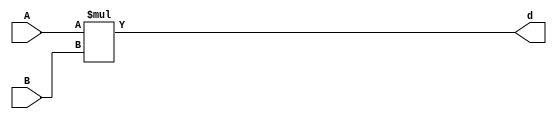
`timescale 1ns / 1ps

`define a1_cut 0
`define b1_cut 0
`define a2_cut 8
`define b2_cut 8

// *** FDN: multiplier
module multiply(A, B, d);
   parameter BitWidth = 31;
   input [BitWidth : 0] A;
   input [BitWidth : 0] B;
   output [2*(BitWidth+1) - 1 : 0] d;
   assign d = $signed(A) * $signed(B);
endmodule

// *** F:DN wrapper
module multiply__wrapper (A_in, B_in, state, rstP, clk, reset, P);
   
   parameter BitWidth = 31;
   input [BitWidth : 0] A_in;
   input [BitWidth : 0] B_in;
   input [2:0] state;      
   input rstP; 
   input clk;
   output [31:0] P; 
   input reset;
   
   wire [2*(BitWidth+1) - 1 : 0] d_out;
   wire [2*(BitWidth+1) - 1 : 0] d_out_temp;
   wire [BitWidth : 0] A_in_to_multiply;
   wire [BitWidth : 0] B_in_to_multiply;
   wire [BitWidth : 0] A_in_to_multiply__truncated;
   wire [BitWidth : 0] B_in_to_multiply__truncated;
   reg [31: 0] P_tmp;
   reg [31: 0] P_reg;
   assign P = P_reg;
   
   assign A_in_to_multiply =  (state == 3'b010) ? (A_in << `a2_cut): A_in;
   assign B_in_to_multiply =  (state == 3'b010) ? (B_in << `b2_cut) : B_in;
   
   assign A_in_to_multiply__truncated = {A_in_to_multiply[BitWidth:`a2_cut],{(`a2_cut){1'b0}}};
   assign B_in_to_multiply__truncated = {B_in_to_multiply[BitWidth:`b2_cut],{(`b2_cut){1'b0}}};
   
   multiply mul(A_in_to_multiply__truncated, B_in_to_multiply__truncated, d_out_temp);
   assign d_out = (state == 3'b010) ? (d_out_temp[(`a2_cut + `b2_cut)+31:(`a2_cut + `b2_cut)]) : d_out_temp;


   always@(posedge clk or posedge reset)
   begin
       if (rstP == 1'b1) begin
           P_reg <= 32'b0;
       end
       else if (state ==  3'b010)begin
           P_tmp[31:0] = {{3{d_out[31]}}, d_out[31:3]};
           P_reg <= P_tmp;
       end
       else begin
	       P_reg[31:0] <= {{3{d_out[47]}}, d_out[47:19]};
       end
   end
endmodule


module idct(clk, start, reset, din, done, dout, state_out, reading);
   

//   integer ftw;
//   ftw = $fopen("behzads__dubuging_output.txt", "w");
   
   parameter BitWidth = 31;
   parameter BitWidth1 = 32;
	
   input clk, start;
   input reset;  
   output done;
   output reading;
   output [2:0] state_out;  
   
   input [BitWidth:0] din;
   output [BitWidth:0] dout;
   
   wire clk, start;
   wire reset;  
   reg done;
   reg reading;
   wire[2:0] state_out;  
   
   wire [BitWidth:0] din;
   reg [BitWidth:0] dout;
   
   reg [8:0] count0, count1, count2, count3;
   
   reg [BitWidth:0] B;
   reg [BitWidth:0] A;
   //reg [BitWidth:0] P, P_tmp, Sum; 
   //reg [BitWidth:0] P, P_tmp, Sum; 
   wire [BitWidth:0] P;
   reg [BitWidth:0] Sum; 
 


   wire [BitWidth:0] Sum_tmp;
   
   wire [BitWidth:0] COSBlock[0:7][0:7];
   reg [BitWidth:0] InBlock[0:7][0:7];  
   reg [BitWidth:0] TempBlock[0:7][0:7];
   reg [BitWidth:0] OutBlock[0:7][0:7];
   
   reg [2:0] state;      
   wire[2:0] i0, j0, k0, k2, i3, j3, k3;
   integer fpa;
   
   assign i0 = count0[8:6];
   assign j0 = count0[5:3];
   assign k0 = count0[2:0];    
   assign k2 = count2[2:0];    
   assign i3 = count3[8:6];
   assign j3 = count3[5:3];
   assign k3 = count3[2:0];    
   
   assign state_out = state;  
         
   assign Sum_tmp = P + Sum;
         
   assign COSBlock[0][0][15:0] = 16'd23170;   assign COSBlock[0][0][BitWidth:16] = {(BitWidth1-16){COSBlock[0][0][15]}};
   assign COSBlock[0][1][15:0] = 16'd32138;   assign COSBlock[0][1][BitWidth:16] = {(BitWidth1-16){COSBlock[0][1][15]}};
   assign COSBlock[0][2][15:0] = 16'd30274;   assign COSBlock[0][2][BitWidth:16] = {(BitWidth1-16){COSBlock[0][2][15]}};
   assign COSBlock[0][3][15:0] = 16'd27246;   assign COSBlock[0][3][BitWidth:16] = {(BitWidth1-16){COSBlock[0][3][15]}};
   assign COSBlock[0][4][15:0] = 16'd23170;   assign COSBlock[0][4][BitWidth:16] = {(BitWidth1-16){COSBlock[0][4][15]}};
   assign COSBlock[0][5][15:0] = 16'd18205;   assign COSBlock[0][5][BitWidth:16] = {(BitWidth1-16){COSBlock[0][5][15]}};
   assign COSBlock[0][6][15:0] = 16'd12540;   assign COSBlock[0][6][BitWidth:16] = {(BitWidth1-16){COSBlock[0][6][15]}};
   assign COSBlock[0][7][15:0] = 16'd6393;   assign COSBlock[0][7][BitWidth:16] = {(BitWidth1-16){COSBlock[0][7][15]}};

   assign COSBlock[1][0][15:0] = 16'd23170;   assign COSBlock[1][0][BitWidth:16] = {(BitWidth1-16){COSBlock[1][0][15]}};
   assign COSBlock[1][1][15:0] = 16'd27246;   assign COSBlock[1][1][BitWidth:16] = {(BitWidth1-16){COSBlock[1][1][15]}};
   assign COSBlock[1][2][15:0] = 16'd12540;   assign COSBlock[1][2][BitWidth:16] = {(BitWidth1-16){COSBlock[1][2][15]}};
   assign COSBlock[1][3][15:0] = 16'd59143;   assign COSBlock[1][3][BitWidth:16] = {(BitWidth1-16){COSBlock[1][3][15]}};
   assign COSBlock[1][4][15:0] = 16'd42366;   assign COSBlock[1][4][BitWidth:16] = {(BitWidth1-16){COSBlock[1][4][15]}};
   assign COSBlock[1][5][15:0] = 16'd33398;   assign COSBlock[1][5][BitWidth:16] = {(BitWidth1-16){COSBlock[1][5][15]}};
   assign COSBlock[1][6][15:0] = 16'd35262;   assign COSBlock[1][6][BitWidth:16] = {(BitWidth1-16){COSBlock[1][6][15]}};
   assign COSBlock[1][7][15:0] = 16'd47331;   assign COSBlock[1][7][BitWidth:16] = {(BitWidth1-16){COSBlock[1][7][15]}};

   assign COSBlock[2][0][15:0] = 16'd23170;   assign COSBlock[2][0][BitWidth:16] = {(BitWidth1-16){COSBlock[2][0][15]}};
   assign COSBlock[2][1][15:0] = 16'd18205;   assign COSBlock[2][1][BitWidth:16] = {(BitWidth1-16){COSBlock[2][1][15]}};
   assign COSBlock[2][2][15:0] = 16'd52996;   assign COSBlock[2][2][BitWidth:16] = {(BitWidth1-16){COSBlock[2][2][15]}};
   assign COSBlock[2][3][15:0] = 16'd33398;   assign COSBlock[2][3][BitWidth:16] = {(BitWidth1-16){COSBlock[2][3][15]}};
   assign COSBlock[2][4][15:0] = 16'd42366;   assign COSBlock[2][4][BitWidth:16] = {(BitWidth1-16){COSBlock[2][4][15]}};
   assign COSBlock[2][5][15:0] = 16'd6393;   assign COSBlock[2][5][BitWidth:16] = {(BitWidth1-16){COSBlock[2][5][15]}};
   assign COSBlock[2][6][15:0] = 16'd30274;   assign COSBlock[2][6][BitWidth:16] = {(BitWidth1-16){COSBlock[2][6][15]}};
   assign COSBlock[2][7][15:0] = 16'd27246;   assign COSBlock[2][7][BitWidth:16] = {(BitWidth1-16){COSBlock[2][7][15]}};

   assign COSBlock[3][0][15:0] = 16'd23170;   assign COSBlock[3][0][BitWidth:16] = {(BitWidth1-16){COSBlock[3][0][15]}};
   assign COSBlock[3][1][15:0] = 16'd6393;   assign COSBlock[3][1][BitWidth:16] = {(BitWidth1-16){COSBlock[3][1][15]}};
   assign COSBlock[3][2][15:0] = 16'd35262;   assign COSBlock[3][2][BitWidth:16] = {(BitWidth1-16){COSBlock[3][2][15]}};
   assign COSBlock[3][3][15:0] = 16'd47331;   assign COSBlock[3][3][BitWidth:16] = {(BitWidth1-16){COSBlock[3][3][15]}};
   assign COSBlock[3][4][15:0] = 16'd23170;   assign COSBlock[3][4][BitWidth:16] = {(BitWidth1-16){COSBlock[3][4][15]}};
   assign COSBlock[3][5][15:0] = 16'd27246;   assign COSBlock[3][5][BitWidth:16] = {(BitWidth1-16){COSBlock[3][5][15]}};
   assign COSBlock[3][6][15:0] = 16'd52996;   assign COSBlock[3][6][BitWidth:16] = {(BitWidth1-16){COSBlock[3][6][15]}};
   assign COSBlock[3][7][15:0] = 16'd33398;   assign COSBlock[3][7][BitWidth:16] = {(BitWidth1-16){COSBlock[3][7][15]}};

   assign COSBlock[4][0][15:0] = 16'd23170;   assign COSBlock[4][0][BitWidth:16] = {(BitWidth1-16){COSBlock[4][0][15]}};
   assign COSBlock[4][1][15:0] = 16'd59143;   assign COSBlock[4][1][BitWidth:16] = {(BitWidth1-16){COSBlock[4][1][15]}};
   assign COSBlock[4][2][15:0] = 16'd35262;   assign COSBlock[4][2][BitWidth:16] = {(BitWidth1-16){COSBlock[4][2][15]}};
   assign COSBlock[4][3][15:0] = 16'd18205;   assign COSBlock[4][3][BitWidth:16] = {(BitWidth1-16){COSBlock[4][3][15]}};
   assign COSBlock[4][4][15:0] = 16'd23170;   assign COSBlock[4][4][BitWidth:16] = {(BitWidth1-16){COSBlock[4][4][15]}};
   assign COSBlock[4][5][15:0] = 16'd38290;   assign COSBlock[4][5][BitWidth:16] = {(BitWidth1-16){COSBlock[4][5][15]}};
   assign COSBlock[4][6][15:0] = 16'd52996;   assign COSBlock[4][6][BitWidth:16] = {(BitWidth1-16){COSBlock[4][6][15]}};
   assign COSBlock[4][7][15:0] = 16'd32138;   assign COSBlock[4][7][BitWidth:16] = {(BitWidth1-16){COSBlock[4][7][15]}};

   assign COSBlock[5][0][15:0] = 16'd23170;   assign COSBlock[5][0][BitWidth:16] = {(BitWidth1-16){COSBlock[5][0][15]}};
   assign COSBlock[5][1][15:0] = 16'd47331;   assign COSBlock[5][1][BitWidth:16] = {(BitWidth1-16){COSBlock[5][1][15]}};
   assign COSBlock[5][2][15:0] = 16'd52996;   assign COSBlock[5][2][BitWidth:16] = {(BitWidth1-16){COSBlock[5][2][15]}};
   assign COSBlock[5][3][15:0] = 16'd32138;   assign COSBlock[5][3][BitWidth:16] = {(BitWidth1-16){COSBlock[5][3][15]}};
   assign COSBlock[5][4][15:0] = 16'd42366;   assign COSBlock[5][4][BitWidth:16] = {(BitWidth1-16){COSBlock[5][4][15]}};
   assign COSBlock[5][5][15:0] = 16'd59143;   assign COSBlock[5][5][BitWidth:16] = {(BitWidth1-16){COSBlock[5][5][15]}};
   assign COSBlock[5][6][15:0] = 16'd30274;   assign COSBlock[5][6][BitWidth:16] = {(BitWidth1-16){COSBlock[5][6][15]}};
   assign COSBlock[5][7][15:0] = 16'd38290;   assign COSBlock[5][7][BitWidth:16] = {(BitWidth1-16){COSBlock[5][7][15]}};

   assign COSBlock[6][0][15:0] = 16'd23170;   assign COSBlock[6][0][BitWidth:16] = {(BitWidth1-16){COSBlock[6][0][15]}};
   assign COSBlock[6][1][15:0] = 16'd38290;   assign COSBlock[6][1][BitWidth:16] = {(BitWidth1-16){COSBlock[6][1][15]}};
   assign COSBlock[6][2][15:0] = 16'd12540;   assign COSBlock[6][2][BitWidth:16] = {(BitWidth1-16){COSBlock[6][2][15]}};
   assign COSBlock[6][3][15:0] = 16'd6393;   assign COSBlock[6][3][BitWidth:16] = {(BitWidth1-16){COSBlock[6][3][15]}};
   assign COSBlock[6][4][15:0] = 16'd42366;   assign COSBlock[6][4][BitWidth:16] = {(BitWidth1-16){COSBlock[6][4][15]}};
   assign COSBlock[6][5][15:0] = 16'd32138;   assign COSBlock[6][5][BitWidth:16] = {(BitWidth1-16){COSBlock[6][5][15]}};
   assign COSBlock[6][6][15:0] = 16'd35262;   assign COSBlock[6][6][BitWidth:16] = {(BitWidth1-16){COSBlock[6][6][15]}};
   assign COSBlock[6][7][15:0] = 16'd18205;   assign COSBlock[6][7][BitWidth:16] = {(BitWidth1-16){COSBlock[6][7][15]}};

   assign COSBlock[7][0][15:0] = 16'd23170;   assign COSBlock[7][0][BitWidth:16] = {(BitWidth1-16){COSBlock[7][0][15]}};
   assign COSBlock[7][1][15:0] = 16'd33398;   assign COSBlock[7][1][BitWidth:16] = {(BitWidth1-16){COSBlock[7][1][15]}};
   assign COSBlock[7][2][15:0] = 16'd30274;   assign COSBlock[7][2][BitWidth:16] = {(BitWidth1-16){COSBlock[7][2][15]}};
   assign COSBlock[7][3][15:0] = 16'd38290;   assign COSBlock[7][3][BitWidth:16] = {(BitWidth1-16){COSBlock[7][3][15]}};
   assign COSBlock[7][4][15:0] = 16'd23170;   assign COSBlock[7][4][BitWidth:16] = {(BitWidth1-16){COSBlock[7][4][15]}};
   assign COSBlock[7][5][15:0] = 16'd47331;   assign COSBlock[7][5][BitWidth:16] = {(BitWidth1-16){COSBlock[7][5][15]}};
   assign COSBlock[7][6][15:0] = 16'd12540;   assign COSBlock[7][6][BitWidth:16] = {(BitWidth1-16){COSBlock[7][6][15]}};
   assign COSBlock[7][7][15:0] = 16'd59143;   assign COSBlock[7][7][BitWidth:16] = {(BitWidth1-16){COSBlock[7][7][15]}};

   
//   wire [31: 0] mul_res;
   wire [63: 0] mul_res;
   //assign mul_res[63:0] = $signed(A) * $signed(B); //changed
   
   assign mul_res[63:`a2_cut + `b2_cut] = $signed(A[31:`a2_cut]) * $signed(B[31:`b2_cut]); //changed
   assign mul_res [(`a2_cut + `b2_cut - 1):0] = {(`a2_cut + `b2_cut){1'b0}}; //changed
   wire [31:0]mul_res__0; 
   assign mul_res__0[31:0] = A * B; //changed


    wire rstP; 
    wire [BitWidth : 0] A_in;
    wire [BitWidth : 0] B_in;
    assign A_in = A;
    assign B_in = B;
      

    assign rstP = ((reset == 1) || (( state ==  3'b001) && count0 == 9'd63) || (state == 3'b011)) ? 1'b1: 1'b0;
    
    multiply__wrapper mult(A_in, B_in, state, rstP, clk, reset, P);


   
   always@(posedge clk or posedge reset)
   begin
      if(reset == 1)
         begin
            done <= 0;            
            dout <= 32'h0;
            state <= 3'b000;        
            reading <= 0;
            
            InBlock[0][0] <= 32'h0; InBlock[0][1] <= 32'h0; InBlock[0][2] <= 32'h0; InBlock[0][3] <= 32'h0; InBlock[0][4] <= 32'h0; InBlock[0][5] <= 32'h0; InBlock[0][6] <= 32'h0; InBlock[0][7] <= 32'h0;
            InBlock[1][0] <= 32'h0; InBlock[1][1] <= 32'h0; InBlock[1][2] <= 32'h0; InBlock[1][3] <= 32'h0; InBlock[1][4] <= 32'h0; InBlock[1][5] <= 32'h0; InBlock[1][6] <= 32'h0; InBlock[1][7] <= 32'h0;
            InBlock[2][0] <= 32'h0; InBlock[2][1] <= 32'h0; InBlock[2][2] <= 32'h0; InBlock[2][3] <= 32'h0; InBlock[2][4] <= 32'h0; InBlock[2][5] <= 32'h0; InBlock[2][6] <= 32'h0; InBlock[2][7] <= 32'h0;
            InBlock[3][0] <= 32'h0; InBlock[3][1] <= 32'h0; InBlock[3][2] <= 32'h0; InBlock[3][3] <= 32'h0; InBlock[3][4] <= 32'h0; InBlock[3][5] <= 32'h0; InBlock[3][6] <= 32'h0; InBlock[3][7] <= 32'h0;
            InBlock[4][0] <= 32'h0; InBlock[4][1] <= 32'h0; InBlock[4][2] <= 32'h0; InBlock[4][3] <= 32'h0; InBlock[4][4] <= 32'h0; InBlock[4][5] <= 32'h0; InBlock[4][6] <= 32'h0; InBlock[4][7] <= 32'h0;
            InBlock[5][0] <= 32'h0; InBlock[5][1] <= 32'h0; InBlock[5][2] <= 32'h0; InBlock[5][3] <= 32'h0; InBlock[5][4] <= 32'h0; InBlock[5][5] <= 32'h0; InBlock[5][6] <= 32'h0; InBlock[5][7] <= 32'h0;
            InBlock[6][0] <= 32'h0; InBlock[6][1] <= 32'h0; InBlock[6][2] <= 32'h0; InBlock[6][3] <= 32'h0; InBlock[6][4] <= 32'h0; InBlock[6][5] <= 32'h0; InBlock[6][6] <= 32'h0; InBlock[6][7] <= 32'h0;
            InBlock[7][0] <= 32'h0; InBlock[7][1] <= 32'h0; InBlock[7][2] <= 32'h0; InBlock[7][3] <= 32'h0; InBlock[7][4] <= 32'h0; InBlock[7][5] <= 32'h0; InBlock[7][6] <= 32'h0; InBlock[7][7] <= 32'h0;
            
            TempBlock[0][0] <= 32'h0; TempBlock[0][1] <= 32'h0; TempBlock[0][2] <= 32'h0; TempBlock[0][3] <= 32'h0; TempBlock[0][4] <= 32'h0; TempBlock[0][5] <= 32'h0; TempBlock[0][6] <= 32'h0; TempBlock[0][7] <= 32'h0;
            TempBlock[1][0] <= 32'h0; TempBlock[1][1] <= 32'h0; TempBlock[1][2] <= 32'h0; TempBlock[1][3] <= 32'h0; TempBlock[1][4] <= 32'h0; TempBlock[1][5] <= 32'h0; TempBlock[1][6] <= 32'h0; TempBlock[1][7] <= 32'h0;
            TempBlock[2][0] <= 32'h0; TempBlock[2][1] <= 32'h0; TempBlock[2][2] <= 32'h0; TempBlock[2][3] <= 32'h0; TempBlock[2][4] <= 32'h0; TempBlock[2][5] <= 32'h0; TempBlock[2][6] <= 32'h0; TempBlock[2][7] <= 32'h0;
            TempBlock[3][0] <= 32'h0; TempBlock[3][1] <= 32'h0; TempBlock[3][2] <= 32'h0; TempBlock[3][3] <= 32'h0; TempBlock[3][4] <= 32'h0; TempBlock[3][5] <= 32'h0; TempBlock[3][6] <= 32'h0; TempBlock[3][7] <= 32'h0;
            TempBlock[4][0] <= 32'h0; TempBlock[4][1] <= 32'h0; TempBlock[4][2] <= 32'h0; TempBlock[4][3] <= 32'h0; TempBlock[4][4] <= 32'h0; TempBlock[4][5] <= 32'h0; TempBlock[4][6] <= 32'h0; TempBlock[4][7] <= 32'h0;
            TempBlock[5][0] <= 32'h0; TempBlock[5][1] <= 32'h0; TempBlock[5][2] <= 32'h0; TempBlock[5][3] <= 32'h0; TempBlock[5][4] <= 32'h0; TempBlock[5][5] <= 32'h0; TempBlock[5][6] <= 32'h0; TempBlock[5][7] <= 32'h0;
            TempBlock[6][0] <= 32'h0; TempBlock[6][1] <= 32'h0; TempBlock[6][2] <= 32'h0; TempBlock[6][3] <= 32'h0; TempBlock[6][4] <= 32'h0; TempBlock[6][5] <= 32'h0; TempBlock[6][6] <= 32'h0; TempBlock[6][7] <= 32'h0;
            TempBlock[7][0] <= 32'h0; TempBlock[7][1] <= 32'h0; TempBlock[7][2] <= 32'h0; TempBlock[7][3] <= 32'h0; TempBlock[7][4] <= 32'h0; TempBlock[7][5] <= 32'h0; TempBlock[7][6] <= 32'h0; TempBlock[7][7] <= 32'h0;        
            
            OutBlock[0][0] <= 32'h0; OutBlock[0][1] <= 32'h0; OutBlock[0][2] <= 32'h0; OutBlock[0][3] <= 32'h0; OutBlock[0][4] <= 32'h0; OutBlock[0][5] <= 32'h0; OutBlock[0][6] <= 32'h0; OutBlock[0][7] <= 32'h0;
            OutBlock[1][0] <= 32'h0; OutBlock[1][1] <= 32'h0; OutBlock[1][2] <= 32'h0; OutBlock[1][3] <= 32'h0; OutBlock[1][4] <= 32'h0; OutBlock[1][5] <= 32'h0; OutBlock[1][6] <= 32'h0; OutBlock[1][7] <= 32'h0;
            OutBlock[2][0] <= 32'h0; OutBlock[2][1] <= 32'h0; OutBlock[2][2] <= 32'h0; OutBlock[2][3] <= 32'h0; OutBlock[2][4] <= 32'h0; OutBlock[2][5] <= 32'h0; OutBlock[2][6] <= 32'h0; OutBlock[2][7] <= 32'h0;
            OutBlock[3][0] <= 32'h0; OutBlock[3][1] <= 32'h0; OutBlock[3][2] <= 32'h0; OutBlock[3][3] <= 32'h0; OutBlock[3][4] <= 32'h0; OutBlock[3][5] <= 32'h0; OutBlock[3][6] <= 32'h0; OutBlock[3][7] <= 32'h0;
            OutBlock[4][0] <= 32'h0; OutBlock[4][1] <= 32'h0; OutBlock[4][2] <= 32'h0; OutBlock[4][3] <= 32'h0; OutBlock[4][4] <= 32'h0; OutBlock[4][5] <= 32'h0; OutBlock[4][6] <= 32'h0; OutBlock[4][7] <= 32'h0;
            OutBlock[5][0] <= 32'h0; OutBlock[5][1] <= 32'h0; OutBlock[5][2] <= 32'h0; OutBlock[5][3] <= 32'h0; OutBlock[5][4] <= 32'h0; OutBlock[5][5] <= 32'h0; OutBlock[5][6] <= 32'h0; OutBlock[5][7] <= 32'h0;
            OutBlock[6][0] <= 32'h0; OutBlock[6][1] <= 32'h0; OutBlock[6][2] <= 32'h0; OutBlock[6][3] <= 32'h0; OutBlock[6][4] <= 32'h0; OutBlock[6][5] <= 32'h0; OutBlock[6][6] <= 32'h0; OutBlock[6][7] <= 32'h0;
            OutBlock[7][0] <= 32'h0; OutBlock[7][1] <= 32'h0; OutBlock[7][2] <= 32'h0; OutBlock[7][3] <= 32'h0; OutBlock[7][4] <= 32'h0; OutBlock[7][5] <= 32'h0; OutBlock[7][6] <= 32'h0; OutBlock[7][7] <= 32'h0;
            
            count0 <= 9'h0;
            count1 <= 9'h0;
            count2 <= 9'h0;
            count3 <= 9'h0;
            
            A <= 32'h0;
            B <= 32'h0;
            //P <= 32'h0;
            Sum <= 32'h0;
         end
      else
         begin
            case (state)
            3'b000:
            begin
               done <= 0;
               count0 <= 0;
               count1 <= 0;
               count2 <= 0;
               count3 <= 0;
               if(start == 1) 
                  begin
                     reading <= 1;
                     state <= 3'b001;
                  end
               else
                  begin
                     state <= 3'b000;
                  end
            end
            3'b001:
            begin
               if(count0 == 9'd63) 
                  begin
                     A <= InBlock[0][0]; B <= COSBlock[0][0];
                     Sum <= 32'd0; 
                     //P <= 32'd0;
                     reading <= 0;
                     count0 <= 9'd1;
                     state <= 3'b010;
                  end
               else
                  begin
                     count0 <= count0 + 1;
                     state <= 3'b001;
                  end
               
               InBlock[j0][k0] <= din; 

            end
            3'b010:
            begin  
               A <= InBlock[j0][k0]; B <= COSBlock[i0][k0];
               //P_tmp[31:(`a1_cut + `b1_cut)] = A[31:`a1_cut] * B[31:`b1_cut]; //changed
               //P_tmp[31:(`a1_cut + `b1_cut)] = {{3{mul_res__0[31]}}, mul_res__0[31:3]};
            //P_tmp[31:24] = {8{P_tmp[23]}};  // changed
	       //P_tmp[(`a1_cut + `b1_cut - 1):0] = {(`a1_cut + `b1_cut){1'b0}}; //changed
               //P <= P_tmp;
	       count0 <= count0 + 1;
               count1 <= count0;
               count2 <= count1;
               count3 <= count2;
            	                            
               if(k3 == 3'd7)
                  begin
                     TempBlock[j3][i3] <= Sum;                     
                     
                     Sum <= P;
                  end
               else
                  begin                     
                     //Sum <= Sum + P;                     
                     Sum <= Sum_tmp;
                  end        
                            
               if(count0 == 9'd0)
                  begin
                     state <= 3'b011; 
                  end
            end
            3'b011:
            begin
               //TempBlock[j3][i3] <= Sum + P;
               TempBlock[j3][i3] <= Sum_tmp;
               
               Sum <= 32'd0;
               //P <= 32'd0;
               count0 <= 1;
               count1 <= 0;
               count2 <= 0;
               count3 <= 0;                 
                  
               state <= 3'b100;
               
               A <= TempBlock[0][0]; B <= COSBlock[0][0];
            end
            3'b100:
            begin 
               A <= TempBlock[k0][i0]; B <= COSBlock[j0][k0];
	       //P[31:0] <= mul_res[47:16];
	       //P[31:0] <= {{3{mul_res[47]}}, mul_res[47:19]};
           //P[31:0] <= (mul_res>>16);
           //P[31:0] <= ((A[31:`a2_cut] * B[31:`b2_cut])>>16); //changed
           //$fwrite(ftw, "%b %b %b\n", A[31:0] , B[31:0], P[31:0]);
           //P[(`a2_cut + `b2_cut - 1):0] <= {(`a2_cut + `b2_cut){1'b0}}; //changed
               count0 <= count0 + 1;
               count1 <= count0;
               count2 <= count1;
               count3 <= count2;  
                                          
               if(k3 == 3'd7)
                  begin
                     OutBlock[j3][i3] <= Sum;
                     Sum <= P;
                  end
               else
                  begin                     
                     //Sum <= Sum + P;
                     Sum <= Sum_tmp;
                  end
                  
               if(count0 == 9'd0)
                  begin
                     state <= 3'b101; 
                  end
            end
            3'b101:
            begin
               OutBlock[j3][i3] <= Sum_tmp;
               state <= 3'b110;
               count0 <= 9'b0;
               done <= 1;
            end
            3'b110:
            begin
               if(count0 == 9'd63)
                  begin
                     count0 <= 9'b0;
                     state <= 3'b000;
                  end
               else
                  begin
                     count0 <= count0 + 1;
                     state <= 3'b110;
                  end
               dout <= OutBlock[j0][k0];   
            end
            default:
               state <= 3'b000;
            endcase
         end
   end
                       
//$fclose(ftw);
//end
endmodule